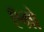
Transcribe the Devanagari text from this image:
ऍग्रो